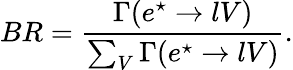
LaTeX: BR=\frac{\Gamma(e^{\star}\rightarrow lV)}{\sum_{V}\Gamma(e^{\star}\rightarrow lV)}.